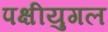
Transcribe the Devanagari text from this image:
पक्षीयुगल